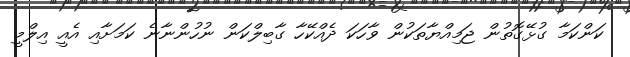
ކަންކަމާ ގުޅޭގޮތުން ޖަމިއްޔާތަކުން ވާހަކަ ދެއްކޭހާ ގާބިލްކަން ނުހުންނާނެ ކަމަށާއި އެއީ އިލްމީ